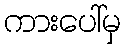
ကားပေါ်မှ